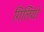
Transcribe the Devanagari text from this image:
गिलियो